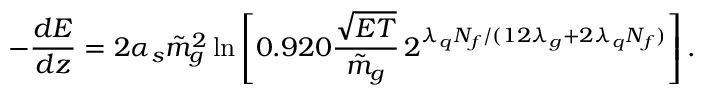
- \frac { d E } { d z } = 2 \alpha _ { s } { \tilde { m } } _ { g } ^ { 2 } \ln \left[ 0 . 9 2 0 \frac { \sqrt { E T } } { \tilde { m } _ { g } } \, 2 ^ { \lambda _ { q } N _ { f } / ( 1 2 \lambda _ { g } + 2 \lambda _ { q } N _ { f } ) } \right] .